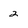
Character: 2